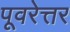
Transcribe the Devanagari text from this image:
पूवरेत्तर